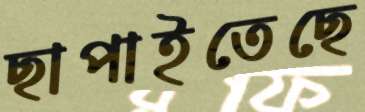
ছাপাইতেছে